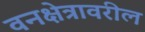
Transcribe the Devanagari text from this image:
वनक्षेत्रावरील